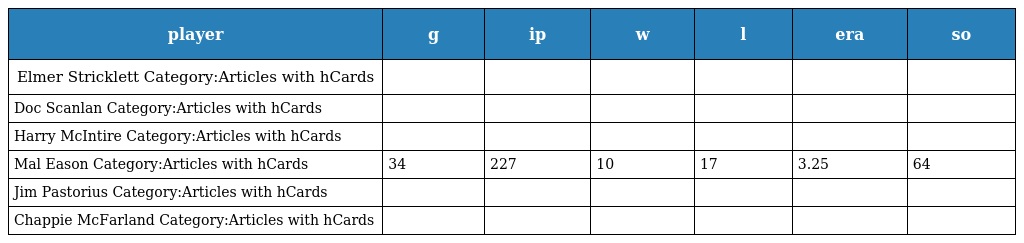
| player | g | ip | w | l | era | so |
 | --- | --- | --- | --- | --- | --- | --- |
 | Elmer Stricklett Category:Articles with hCards |  |  |  |  |  |  |
 | Doc Scanlan Category:Articles with hCards |  |  |  |  |  |  |
 | Harry McIntire Category:Articles with hCards |  |  |  |  |  |  |
 | Mal Eason Category:Articles with hCards | 34 | 227 | 10 | 17 | 3.25 | 64 |
 | Jim Pastorius Category:Articles with hCards |  |  |  |  |  |  |
 | Chappie McFarland Category:Articles with hCards |  |  |  |  |  |  |